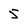
Character: 5